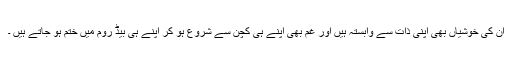
ان کی خوشیاں بھی اپنی ذات سے وابستہ ہیں اور غم بھی اپنے ہی کچن سے شروع ہو کر اپنے ہی بیڈ روم میں ختم ہو جاتے ہیں ۔